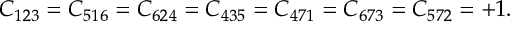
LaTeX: C _ { 1 2 3 } = C _ { 5 1 6 } = C _ { 6 2 4 } = C _ { 4 3 5 } = C _ { 4 7 1 } = C _ { 6 7 3 } = C _ { 5 7 2 } = + 1 .